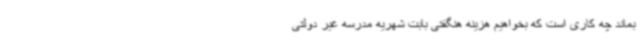
بماند چه کاری است که بخواهیم هزینه هنگفتی بابت شهریه مدرسه غیر دولتی